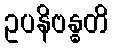
ဥပနိဗန္ဓတိ